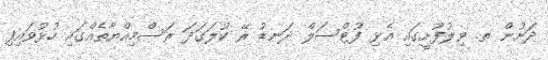
ދަށުން ތ. ވިލުފުށީގައި އެޅި ފުޓްސަލް ދަނޑު ރޭ ކުލަގަދަ ރަސްމިއްޔާތެއްގައި ހުޅުވައިފި